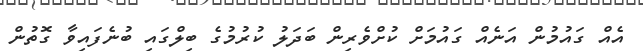
އެއް ގައުމުން އަނެއް ގައުމަށް ކުށްވެރިން ބަދަލު ކުރުމުގެ ބިލްގައި ބުނެފައިވާ ގޮތުން